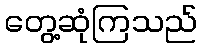
တွေ့ဆုံကြသည်